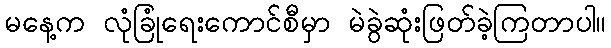
မနေ့က လုံခြုံရေးကောင်စီမှာ မဲခွဲဆုံးဖြတ်ခဲ့ကြတာပါ။